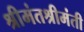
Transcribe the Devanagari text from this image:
श्रीमंतश्रीमंती